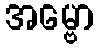
အမ္ဗော